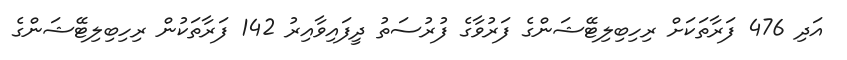
އަދި 476 ފަރާތަކަށް ރިހިބިލިޓޭޝަންގެ ފަރުވާގެ ފުރުސަތު ދީފައިވާއިރު 142 ފަރާތަކުން ރިހިބިލިޓޭޝަންގެ